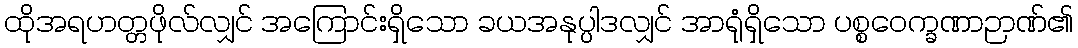
ထိုအရဟတ္တဖိုလ်လျှင် အကြောင်းရှိသော ခယအနုပ္ပါဒလျှင် အာရုံရှိသော ပစ္စဝေက္ခဏာဉာဏ်၏